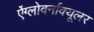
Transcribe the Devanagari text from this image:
ऐंग्लोवर्नाक्यूलर